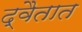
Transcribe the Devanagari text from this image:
द्वैतात